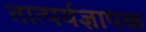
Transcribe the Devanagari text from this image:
तात्पर्यज्ञापक